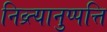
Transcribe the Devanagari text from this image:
निव्र्त्यानुप्पत्ति